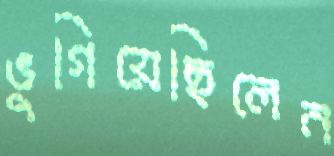
ভুগিয়েছিলেন